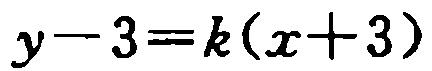
\(y - 3 = k(x + 3)\)